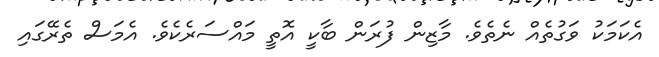
އެކަމަކު ވަގުތެއް ނެތެވެ. މާޒިން ފުރަން ބާކީ އޮތީ މައްސަރެކެވެ. އެމަސް ތެރޭގައި